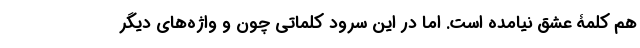
هم کلمۀ عشق نیامده است. اما در این سرود کلماتی چون و واژه‌های دیگر